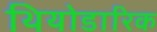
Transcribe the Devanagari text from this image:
थियोडारिक